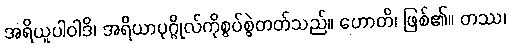
အရိယူပါဝါဒိ၊ အရိယာပုဂ္ဂိုလ်ကိုစွပ်စွဲတတ်သည်။ ဟောတိ၊ ဖြစ်၏။ တဿ၊